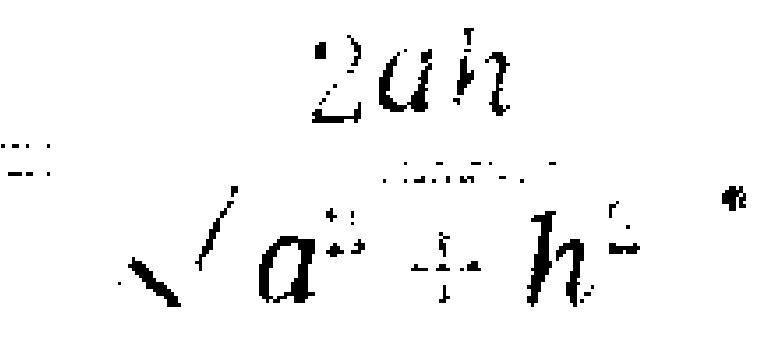
$=\frac{2ah}{\sqrt{a^{2}+h^{2}}}$